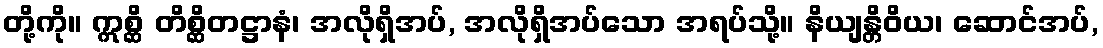
တို့ကို။ ဣစ္ဆိ တိစ္ဆိတဋ္ဌာနံ၊ အလိုရှိအပ်, အလိုရှိအပ်သော အရပ်သို့။ နိယျန္တိဝိယ၊ ဆောင်အပ်,